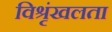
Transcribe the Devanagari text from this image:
विश्रृंखलता